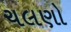
ચલણો